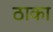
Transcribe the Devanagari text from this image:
ठाका